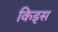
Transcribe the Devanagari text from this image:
किड्‍स